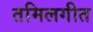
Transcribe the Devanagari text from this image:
तमिलगीत